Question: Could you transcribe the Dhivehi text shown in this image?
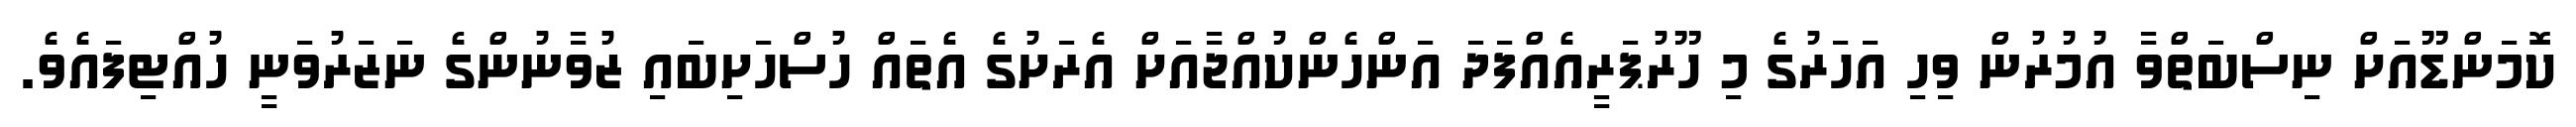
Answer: ކޮމަންޑޫއަށް ނިސްބަތްވާ އުމުރުން ވިހި އަހަރުގެ މި ހޫރުޕަރީއެއްފަދަ އަންހެންކުއްޖާއަށް އެރަށުގެ އެތައް ހުސްހަށިބައި ޒުވާނުންގެ ނަޒަރުވަނީ ހުއްޓިފައެވެ.